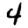
Digit: 4